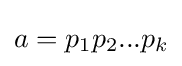
a=p_{1}p_{2}...p_{k}